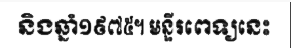
និងឆ្នាំ១៩៧៥។ មន្ទីរពេទ្យនេះ